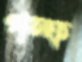
গল্ফ